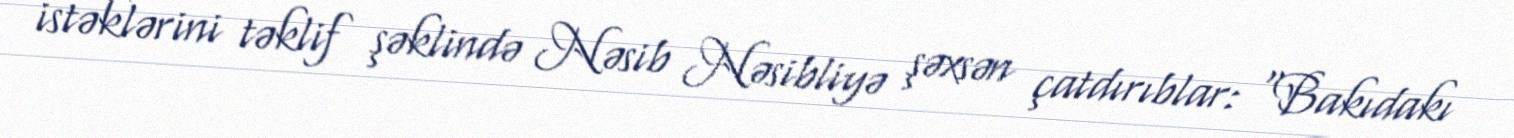
istəklərini təklif şəklində Nəsib Nəsibliyə şəxsən çatdırıblar: “Bakıdakı